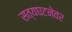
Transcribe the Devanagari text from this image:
सत्यघटनेवर